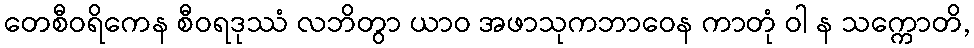
တေစီဝရိကေန စီဝရဒုဿံ လဘိတွာ ယာဝ အဖာသုကဘာဝေန ကာတုံ ဝါ န သက္ကောတိ,